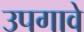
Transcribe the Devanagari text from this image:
उपगावे